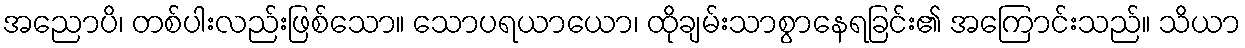
အညောပိ၊ တစ်ပါးလည်းဖြစ်သော။ သောပရယာယော၊ ထိုချမ်းသာစွာနေရခြင်း၏ အကြောင်းသည်။ သိယာ